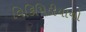
વિકિપિડીયાનો